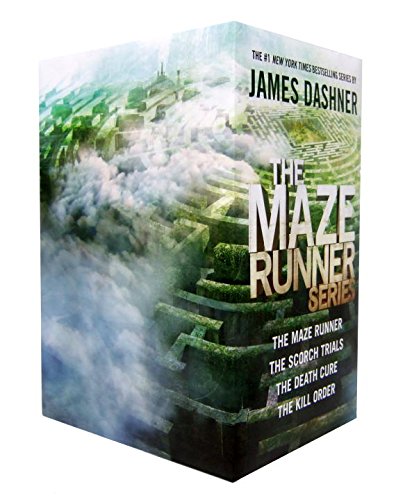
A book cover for The Maze Runner Series; James Dashner; Teen & Young Adult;